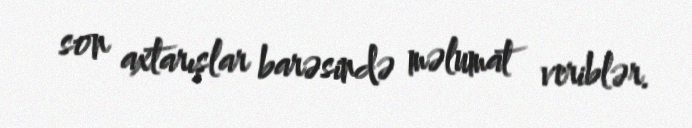
son axtarışlar barəsində məlumat veriblər.